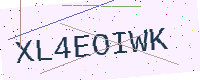
Text: XL4EOIWK